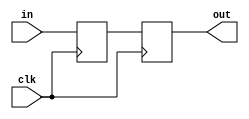
module two_flop_sync(in,clk,out);

input [3:0]in;
input clk;
reg [3:0]q;
output reg [3:0]out;

always@(posedge clk)
begin
q<=in;
out<=q;
end
endmodule